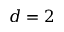
d = 2